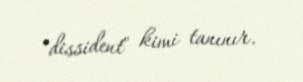
"dissident" kimi tanınır.